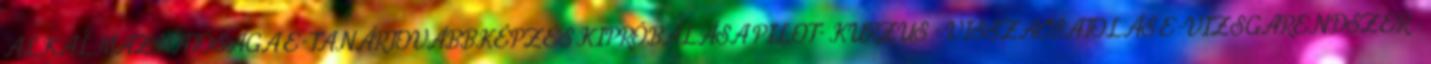
ALKALMAZHATÓSÁGA E-TANÁRTOVÁBBKÉPZÉS KIPRÓBÁLÁSA PILOT- KURZUS - VISSZACSATOLÁS E-VIZSGARENDSZER -